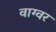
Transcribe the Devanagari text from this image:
वाग्वर